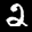
Label: 2